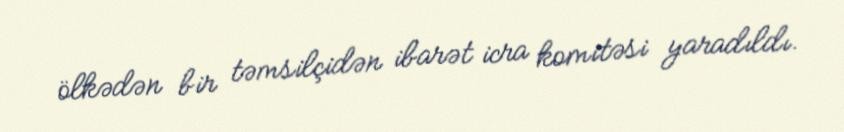
ölkədən bir təmsilçidən ibarət icra komitəsi yaradıldı.